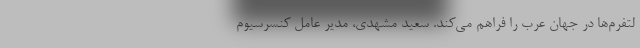
لتفرم‌ها در جهان عرب را فراهم می‌کند. سعید مشهدی، مدیر عامل کنسرسیوم